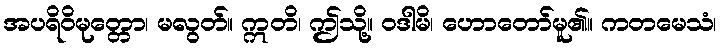
အပရိဝိမုတ္တော၊ မလွတ်။ ဣတိ၊ ဤသို့။ ဝဒါမိ၊ ဟောတော်မူ၏။ ကတမေသံ၊